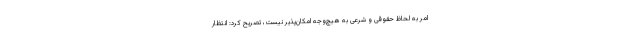
امر به لحاظ حقوقی و شرعی به هیچ‌وجه امکان‌پذیر نیست، تصریح کرد: انتظار